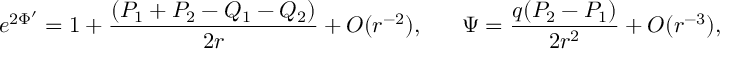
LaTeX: e ^ { 2 \Phi ^ { \prime } } = 1 + { \frac { ( P _ { 1 } + P _ { 2 } - Q _ { 1 } - Q _ { 2 } ) } { 2 r } } + { \cal O } ( r ^ { - 2 } ) , \ \ \ \ \ \Psi = { \frac { q ( P _ { 2 } - P _ { 1 } ) } { 2 r ^ { 2 } } } + { \cal O } ( r ^ { - 3 } ) ,